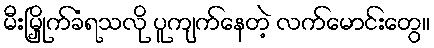
မီးမြှိုက်ခံရသလို ပူကျက်နေတဲ့ လက်မောင်းတွေ။